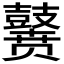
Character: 𪔭